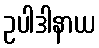
ဥပါဒါနာယ